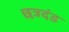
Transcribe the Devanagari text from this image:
छत्रदंड